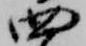
四